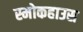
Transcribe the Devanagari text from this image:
स्मोकहाउस